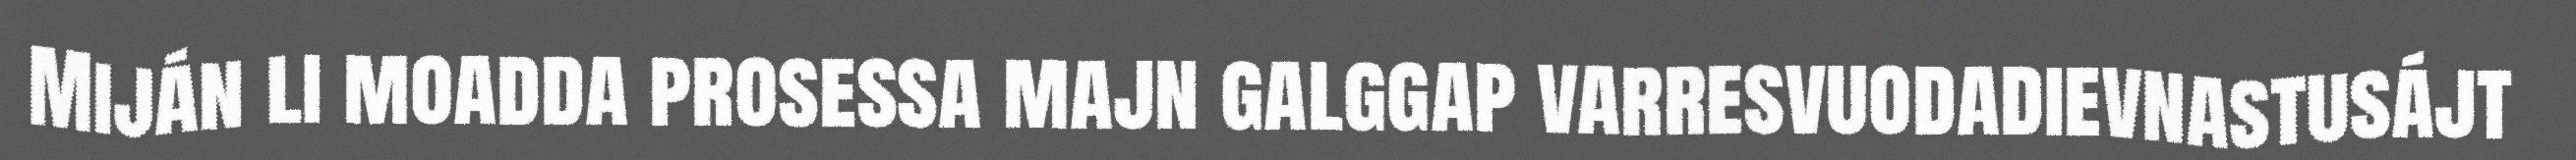
Miján li moadda prosessa majn galggap varresvuodadievnastusájt